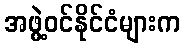
အဖွဲ့ဝင်နိုင်ငံများက